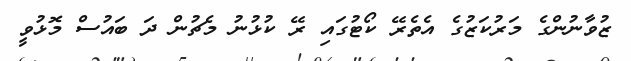
ޒުވާނުންގެ މަރުކަޒުގެ އެތެރޭ ކޯޓުގައި ރޭ ކުޅުނު މެޗުން ދަ ބައުސް މޮޅުވީ